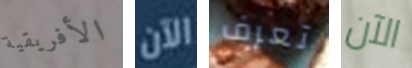
الأفريقية الآن تعرف الآن